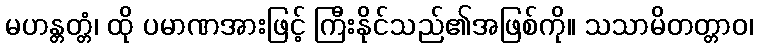
မဟန္တတ္တံ၊ ထို ပမာဏအားဖြင့် ကြီးနိုင်သည်၏အဖြစ်ကို။ သသာမိတတ္တာဝ၊